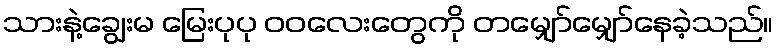
သားနဲ့ချွေးမ မြေးပုပု ဝဝလေးတွေကို တမျှော်မျှော်နေခဲ့သည်။